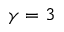
\gamma = 3